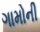
ગામોની